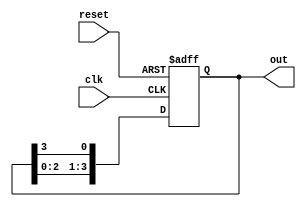
module ring_counter_moore (
    input wire clk,         // Clock input
    input wire reset,       // Asynchronous reset input
    output reg [N-1:0] out  // Output representing the current state
);
    parameter N = 4; // Define the number of bits for the ring counter

    // Asynchronous reset and state representation
    always @(posedge clk or posedge reset) begin
        if (reset) begin
            // Initialize the ring counter to the first state
            out <= 1'b1; // Reset state (only first flip-flop is set high)
        end else begin
            // Shift the '1' bit to the next position
            out <= {out[N-2:0], out[N-1]}; // Shift left the state
        end
    end

    // Output logic for states (optional, customize per requirements)
    // Here, you can define specific outputs depending on the current state
    // For example, if you need specific outputs for certain states, you can implement that here.
    always @(out) begin
        case (out)
            4'b0001: /* Output logic for State 0 */;
            4'b0010: /* Output logic for State 1 */;
            4'b0100: /* Output logic for State 2 */;
            4'b1000: /* Output logic for State 3 */;
            default: /* Default output logic */;
        endcase
    end
endmodule